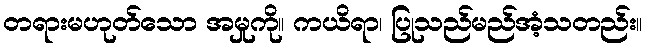
တရားမဟုတ်သော အမှုကို။ ကယိရာ၊ ပြုသည်မည်အံ့သတည်း။